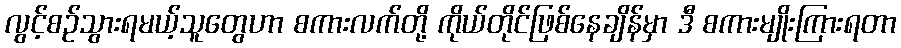
လွင့်စဉ်သွားရမယ့်သူတွေဟာ စကားလက်တို့ ကိုယ်တိုင်ဖြစ်နေချိန်မှာ ဒီ စကားမျိုးကြားရတာ